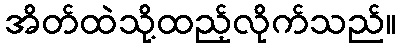
အိတ်ထဲသို့ထည့်လိုက်သည်။